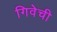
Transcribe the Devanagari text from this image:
गिवेची